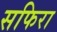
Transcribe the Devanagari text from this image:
सफिरा